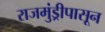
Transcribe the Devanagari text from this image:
राजमुंड्रीपासून